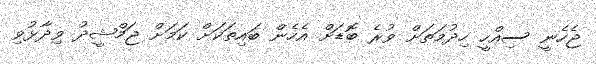
ޖެހެނީ ސިއްހީ ހިދުމަތަށް ވުރެ ބޮޑަށް އެހެން ބައިތަކަށް ކަމަށް ޖަމްޝީދު ވިދާޅުވި